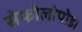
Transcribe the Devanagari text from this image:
सेफोलोपोडा